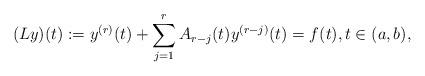
LaTeX: \begin{align*} (Ly)(t):=y^{(r)}(t) + \sum\limits_{j=1}^rA_{r-j}(t)y^{(r-j)}(t)=f(t),t \in(a,b),\end{align*}